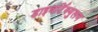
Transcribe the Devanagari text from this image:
डाइवर्टिक्युलम